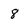
Character: 8